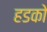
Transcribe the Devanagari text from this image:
हडको